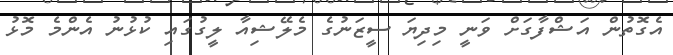
އެގޮތުން އަޝްފާގަށް ވަނީ މިދިޔަ ސީޒަނުގެ މެލޭޝިއާ ލީގުގައި ކުޅުނު އެންމެ މޮޅު